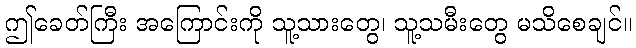
ဤခေတ်ကြီး အကြောင်းကို သူ့သားတွေ၊ သူ့သမီးတွေ မသိစေချင်။